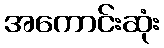
အကောင်းဆုံး